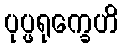
ပုပ္ဖရုက္ခေဟိ